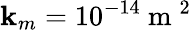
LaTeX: \mathbf{k}_{m}=10^{-14}\mathrm{{~m~}}^{2}